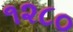
૧૨૮૦